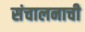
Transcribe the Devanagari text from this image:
संचालनाची